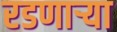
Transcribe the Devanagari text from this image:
रडणार्‍या